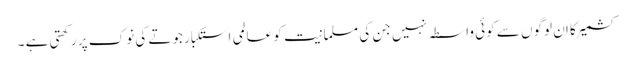
کشمیر کا ان لوگوں سے کوئی واسطہ نہیں جن کی مسلمانیت کو عالمی استکبار جوتے کی نوک پر رکھتی ہے ۔